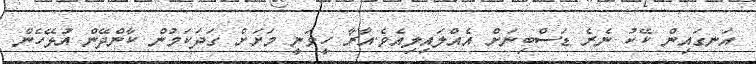
އަނގައިން ކޭކު ނެރެ ޑަސްބިނަށް އެއްލައިލިއެވެ.އާރާ ހީވަނީ މަށަށް ގަދަކަމުން ކާންދޭން އުޅޭހެން